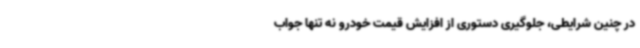
در چنین شرایطی، جلوگیری دستوری از افزایش قیمت خودرو نه تنها جواب